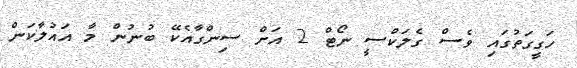
ހަގީގަތުގައި ވެސް ގެލަކްސީ ނޯޓް 2 އަށް ސިންގާއެކޭ ބުނުން މާ އައުލާކަން